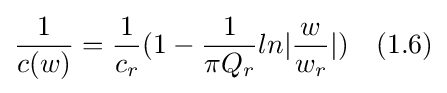
{\frac {1}{c(w)}}={\frac {1}{c_{r}}}(1-{\frac {1}{\pi Q_{r}}}ln|{\frac {w}{w_{r}}}|)\quad (1.6)